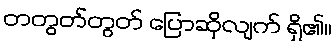
တတွတ်တွတ် ပြောဆိုလျက် ရှိ၏။